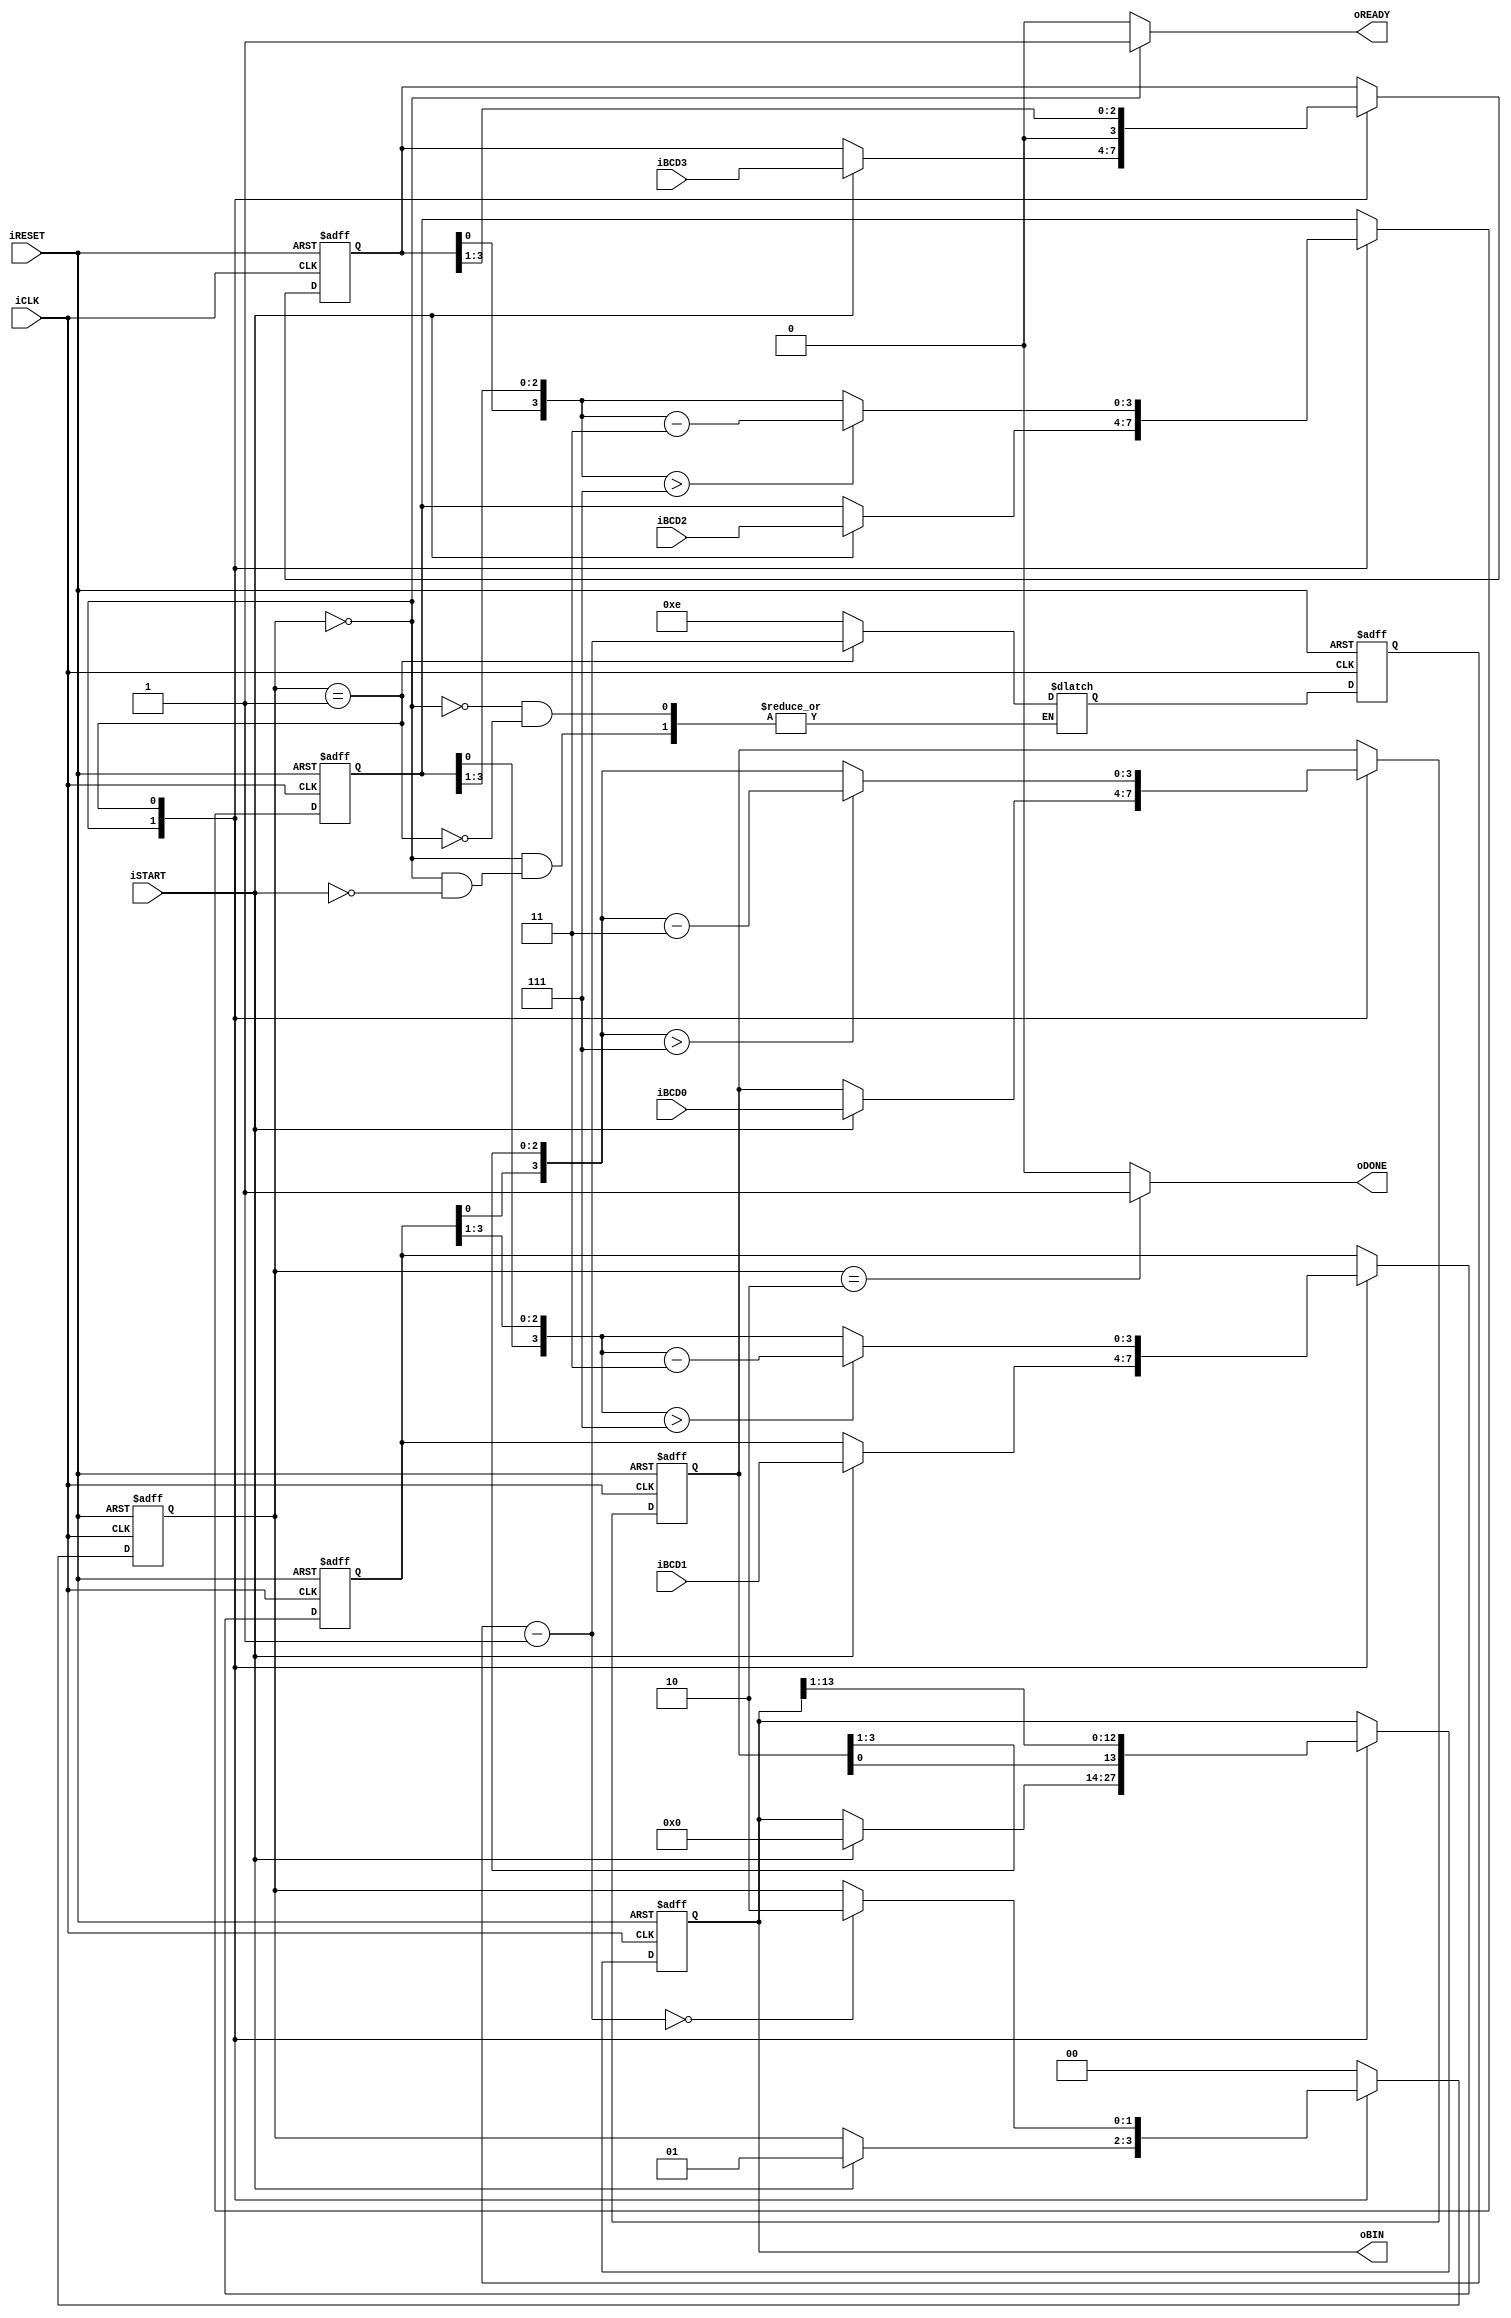
module bcd2bin
	(
		input wire iCLK, iRESET, iSTART,
		input wire [3:0] iBCD3, iBCD2, iBCD1, iBCD0,
		output reg oREADY, oDONE,
		output wire [13:0] oBIN
	);

	localparam [1:0]
		idle = 2'b00,
		op   = 2'b01,
		done = 2'b10;
	
	reg [1:0] state_reg, state_next;
	reg [13:0] bin_reg, bin_next;
	reg [3:0] n_reg, n_next;
	reg [3:0] bcd3_reg, bcd2_reg, bcd1_reg, bcd0_reg;
	reg [3:0] bcd3_next, bcd2_next, bcd1_next, bcd0_next;
	wire [3:0] bcd3_tmp, bcd2_tmp, bcd1_tmp, bcd0_tmp;

	always @(posedge iCLK, posedge iRESET)
		if (iRESET)
			begin
				state_reg <= idle;
				bin_reg <= 0;
				n_reg <= 0;
				bcd3_reg <= 0;
				bcd2_reg <= 0;
				bcd1_reg <= 0;
				bcd0_reg <= 0;
			end
		else
			begin
				state_reg <= state_next;
				bin_reg <= bin_next;
				n_reg <= n_next;
				bcd3_reg <= bcd3_next;
				bcd2_reg <= bcd2_next;
				bcd1_reg <= bcd1_next;
				bcd0_reg <= bcd0_next;
			end
	
	always @*
	begin
		state_next = state_reg;
		oREADY = 1'b0;
		oDONE = 1'b0;
		bin_next = bin_reg;
		bcd3_next = bcd3_reg;
		bcd2_next = bcd2_reg;
		bcd1_next = bcd1_reg;
		bcd0_next = bcd0_reg;
		case (state_reg)
			idle:
				begin
					oREADY = 1'b1;
					if (iSTART)
						begin
							state_next = op;
							bcd3_next = iBCD3;
							bcd2_next = iBCD2;
							bcd1_next = iBCD1;
							bcd0_next = iBCD0;
							n_next = 4'd14;
							bin_next = 0;
						end
				end
			op:
				begin
					bin_next = {bcd0_reg[0], bin_reg[13:1]};
					bcd0_next = (bcd0_tmp > 7) ? bcd0_tmp - 3 : bcd0_tmp; 
					bcd1_next = (bcd1_tmp > 7) ? bcd1_tmp - 3 : bcd1_tmp; 
					bcd2_next = (bcd2_tmp > 7) ? bcd2_tmp - 3 : bcd2_tmp; 
					bcd3_next = bcd3_tmp; 
					n_next = n_reg - 1;
					if (n_next == 0)
						state_next = done;
				end
			done:
				begin
					oDONE = 1'b1;
					state_next = idle;
				end
			default: state_next = idle;
		endcase
	end

	assign bcd0_tmp = {bcd1_reg[0], bcd0_reg[3:1]}; 
	assign bcd1_tmp = {bcd2_reg[0], bcd1_reg[3:1]}; 
	assign bcd2_tmp = {bcd3_reg[0], bcd2_reg[3:1]}; 
	assign bcd3_tmp = {1'b0       , bcd3_reg[3:1]}; 

	assign oBIN = bin_reg;	
endmodule